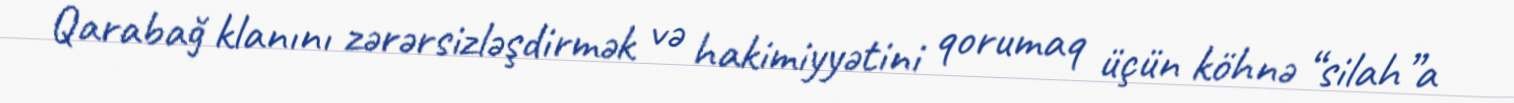
Qarabağ klanını zərərsizləşdirmək və hakimiyyətini qorumaq üçün köhnə “silah”a